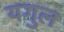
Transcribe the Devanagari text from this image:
यगुल